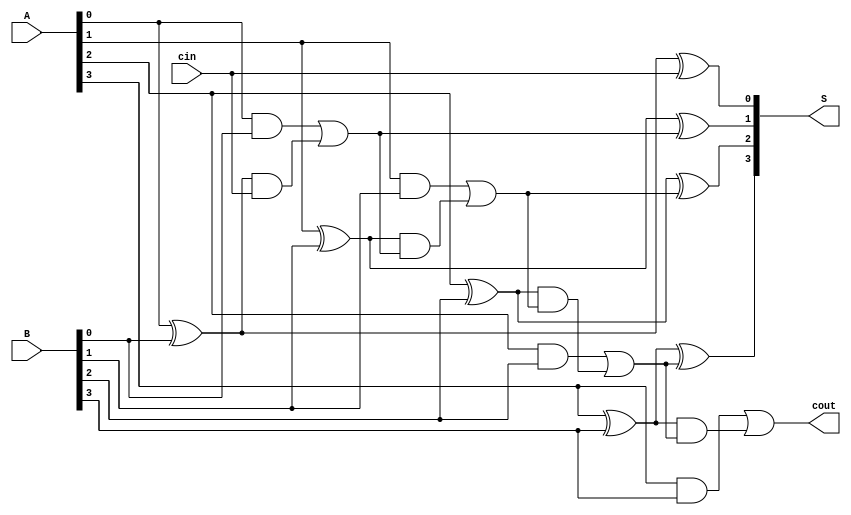
module Lab2_4_bit_CLA_df(A,B,cin,S,cout);
input   [3:0]   A,B;
input           cin;
output  [3:0]   S;
output          cout;

wire            p0,p1,p2,p3;
wire            g0,g1,g2,g3;
wire            c1,c2,c3;

assign  p0 = A[0]^B[0];
assign  p1 = A[1]^B[1];
assign  p2 = A[2]^B[2];
assign  p3 = A[3]^B[3];
assign  g0 = A[0]&B[0];
assign  g1 = A[1]&B[1];
assign  g2 = A[2]&B[2];
assign  g3 = A[3]&B[3];
assign  S[0] = p0^cin;
assign  S[1] = p1^c1;
assign  S[2] = p2^c2;
assign  S[3] = p3^c3;
assign  c1 = g0|p0&cin;
assign  c2 = g1|p1&c1;
assign  c3 = g2|p2&c2;
assign  cout = g3|p3&c3;

endmodule